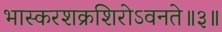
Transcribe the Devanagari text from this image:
भास्करशक्रशिरोऽवनते॥३॥